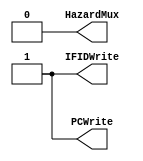
module hazardunit(IFIDWrite,PCWrite,HazardMux);

   output     IFIDWrite, PCWrite, HazardMux;
   
   
   assign IFIDWrite = 1;
   assign PCWrite = 1;
   assign HazardMux = 0;
   
endmodule